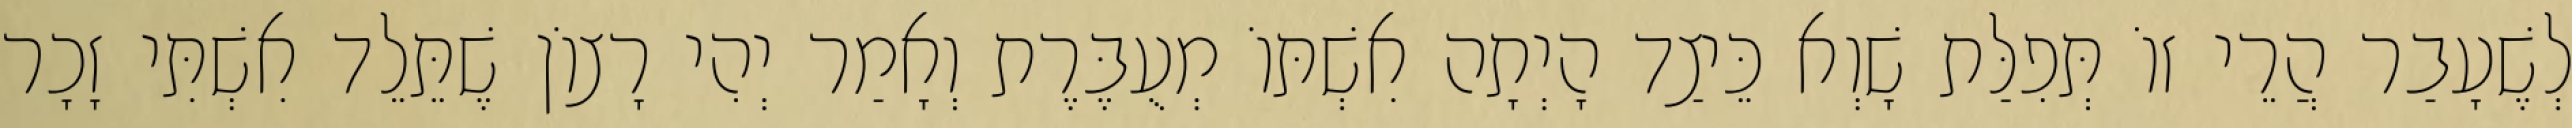
לְשֶׁעָבַר הֲרֵי זוֹ תְּפִלַּת שָׁוְא כֵּיצַד הָיְתָה אִשְׁתּוֹ מְעֻבֶּרֶת וְאָמַר יְהִי רָצוֹן שֶׁתֵּלֵד אִשְׁתִּי זָכָר